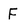
Character: F